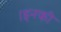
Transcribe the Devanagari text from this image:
।इनकी